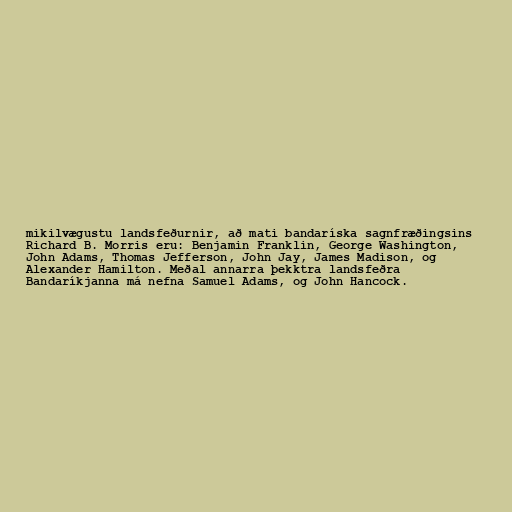
mikilvægustu landsfeðurnir, að mati bandaríska sagnfræðingsins
Richard B. Morris eru: Benjamin Franklin, George Washington,
John Adams, Thomas Jefferson, John Jay, James Madison, og
Alexander Hamilton. Meðal annarra þekktra landsfeðra
Bandaríkjanna má nefna Samuel Adams, og John Hancock.